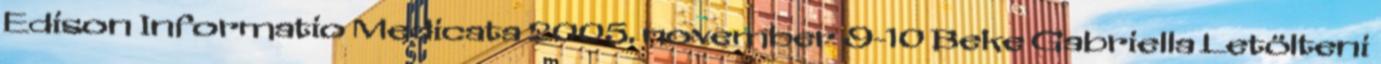
Edison Informatio Medicata 2005. november 9-10 Beke Gabriella Letölteni